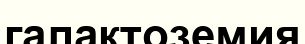
галактоземия